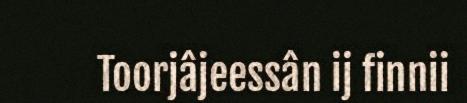
Toorjâjeessân ij finnii